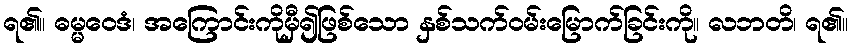
ရ၏။ ဓမ္မဝေဒံ၊ အကြောင်းကိုမှီ၍ဖြစ်သော နှစ်သက်ဝမ်းမြောက်ခြင်းကို။ လဘတိ၊ ရ၏။